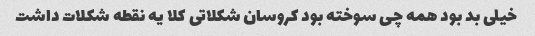
خیلی بد بود همه چی سوخته بود کروسان شکلاتی کلا یه نقطه شکلات داشت